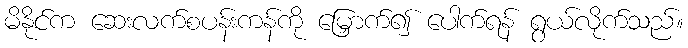
မိနိုင်က ဆေးလက်စပန်းကန်ကို မြှောက်၍ ပေါက်ရန် ရွယ်လိုက်သည်။